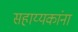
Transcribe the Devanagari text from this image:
सहाय्यकांना